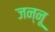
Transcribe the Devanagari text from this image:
जन्नू